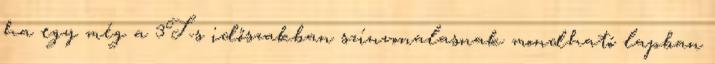
ha egy még a 3T-s időszakban színvonalasnak mondható lapban